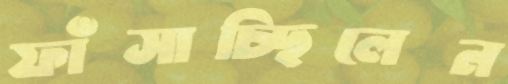
ফাঁসাচ্ছিলেন